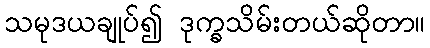
သမုဒယချုပ်၍ ဒုက္ခသိမ်းတယ်ဆိုတာ။